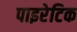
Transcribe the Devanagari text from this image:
पाइरेटिक